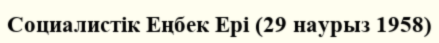
Социалистік Еңбек Ері (29 наурыз 1958)